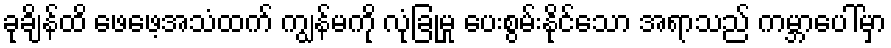
ခုချိန်ထိ ဖေဖေ့အသံထက် ကျွန်မကို လုံခြုံမှု ပေးစွမ်းနိုင်သော အရာသည် ကမ္ဘာပေါ်မှာ